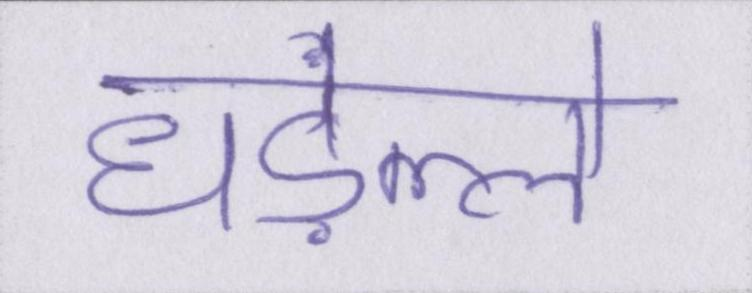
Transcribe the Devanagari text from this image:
धड़ल्ले